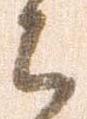
之